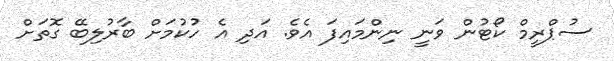
ސުޕްރީމް ކޯޓުން ވަނީ ނިންމައިފަ އެވެ. އަދި އެ ހުކުމަށް ބާރުލިބޭ ގޮތަށް